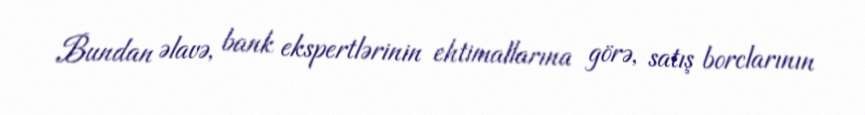
Bundan əlavə, bank ekspertlərinin ehtimallarına görə, satış borclarının